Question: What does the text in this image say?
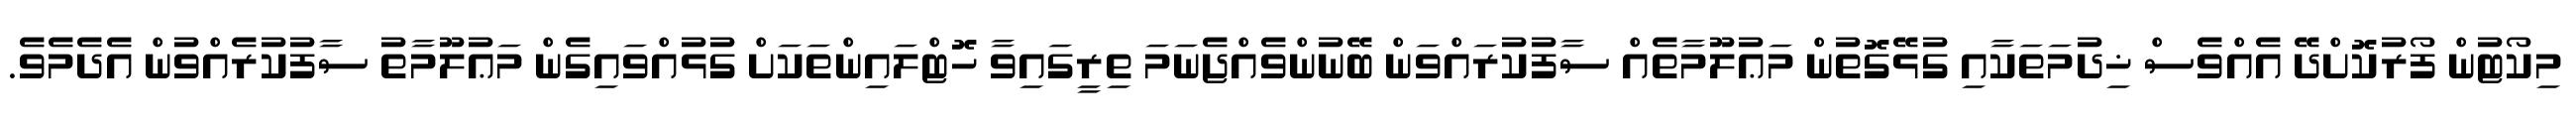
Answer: މިކޯޓުން ފޯރުކޮށްދޭ އެއްވެސް ޚިދުމަތަކާއި ގުޅޭގޮތުން މަޢުލޫމާތެއް ސާފުކުރައްވަން ބޭނުންވެއްޖެނަމަ ތިރީގައިވާ ހޮޓްލައިންތަކަށް ގުޅުއްވައިގެން މަޢުލޫމާތު ސާފުކުރެއްވުން އެދެމެވެ.